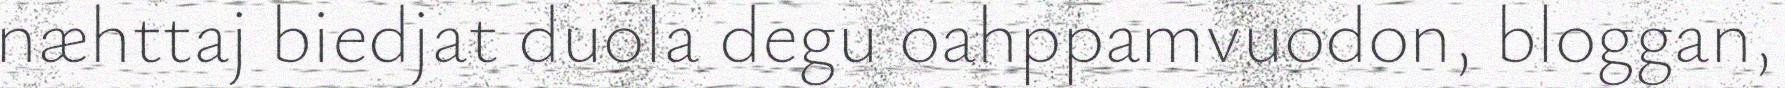
næhttaj biedjat duola degu oahppamvuodon, bloggan,